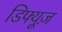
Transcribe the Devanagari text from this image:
डिफ्यूज़